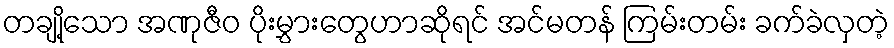
တချို့သော အဏုဇီဝ ပိုးမွှားတွေဟာဆိုရင် အင်မတန် ကြမ်းတမ်း ခက်ခဲလှတဲ့